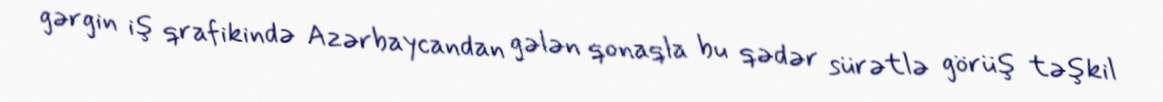
gərgin iş qrafikində Azərbaycandan gələn qonaqla bu qədər sürətlə görüş təşkil